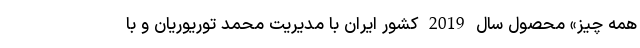
همه چیز» محصول سال 2019 کشور ایران با مدیریت محمد توریوریان و با